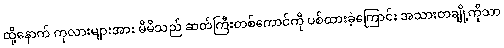
ထို့နောက် ကုလားများအား မိမိသည် ဆတ်ကြီးတစ်ကောင်ကို ပစ်ထားခဲ့ကြောင်း အသားတချို့ကိုသာ